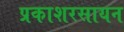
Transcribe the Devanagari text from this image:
प्रकाशरसायन